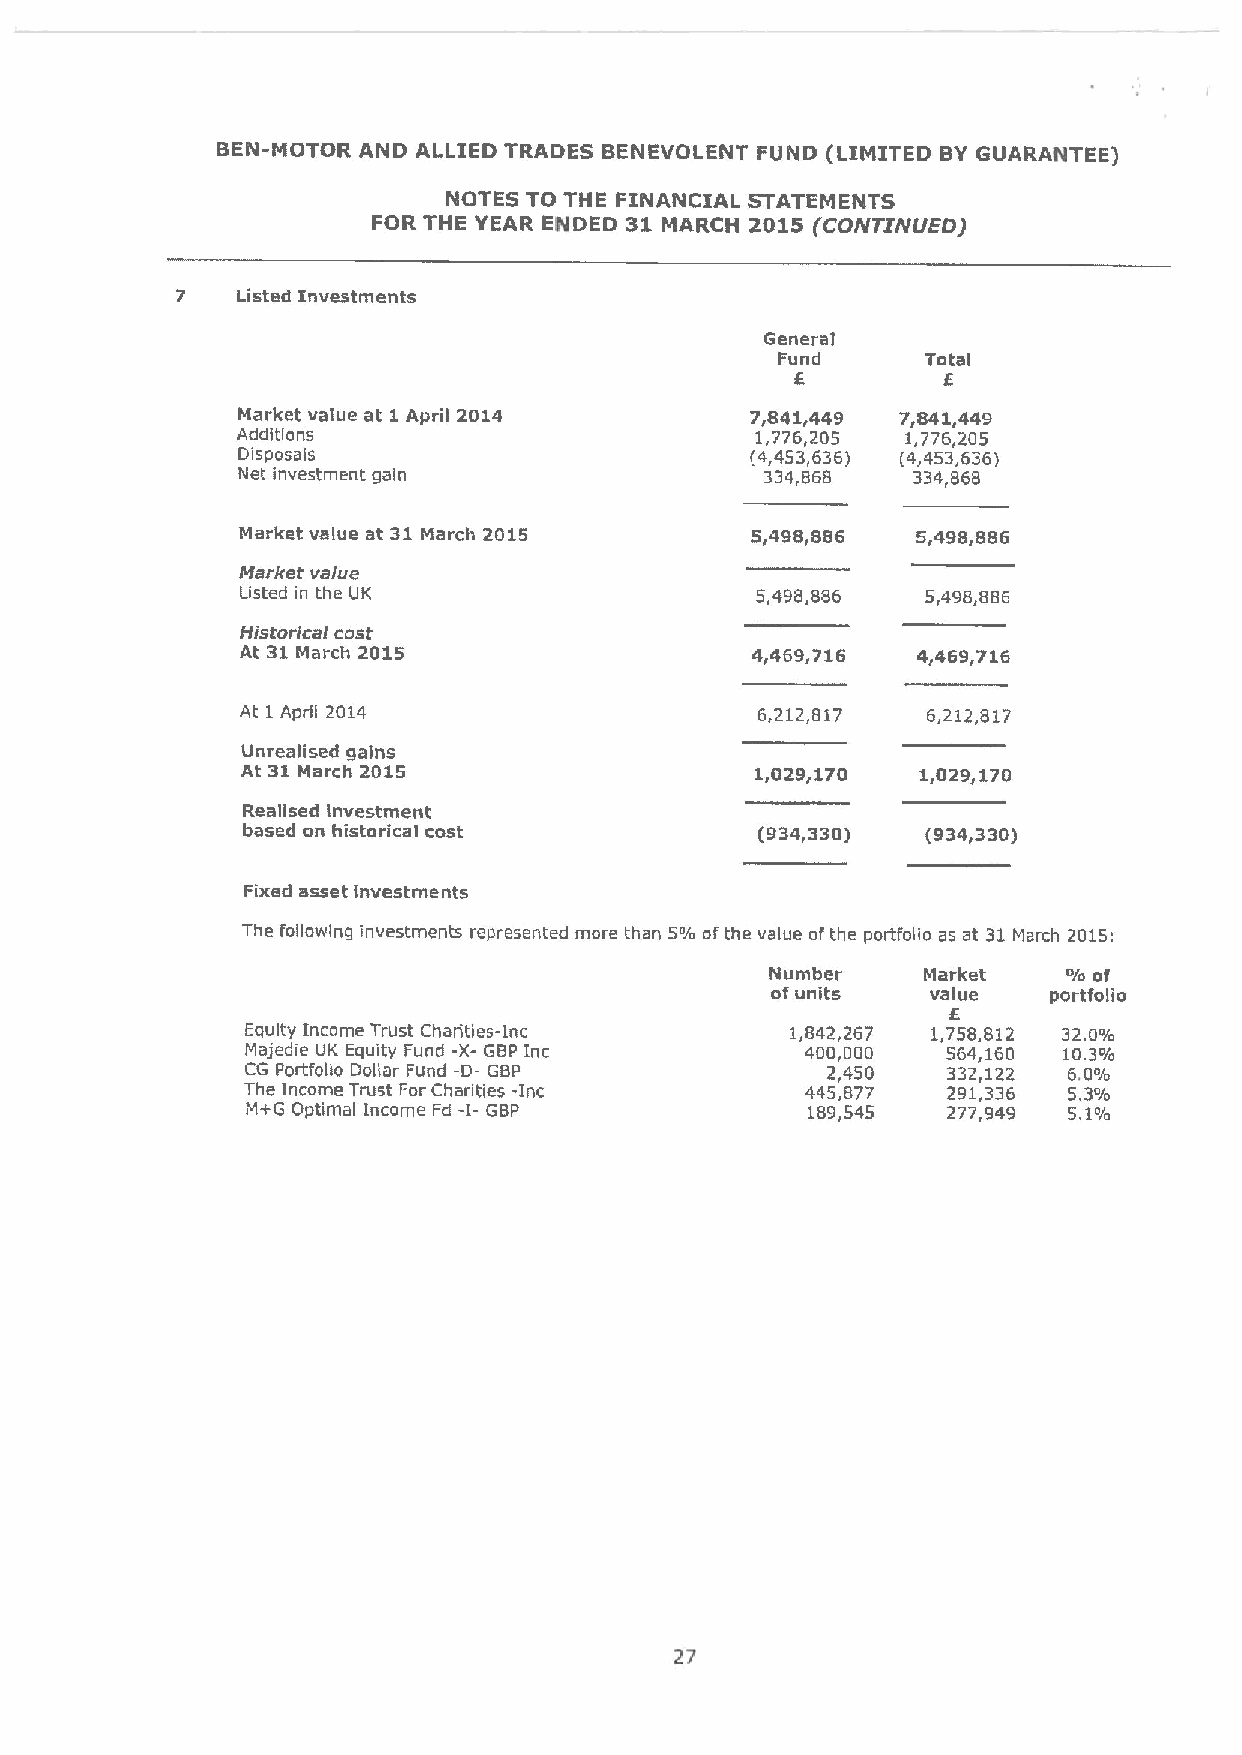
BEN-MOTOR AND ALLIED TRADES BENEVOLENT FUND (LIMITED BY GUARANTEE)
 NOTES TO THE FINANCIAL STATEMENTS
 FOR THE YEAR ENDED 31 MARCH 2015 (CONTINUED)
 7   Listed Investments
 General
 Fund      Total
 6        6
 Market value at 1April 2014       7,841,449 7,841,449
 Additions                         1,776,205 1,776,205
 Disposais                         (4,453,636) (4,453,636)
 Net investment gain                334,868  334868
 Market value at 31March 2015      5,498,886  5,498,886
 Market value
 Listed in the UK                  5,498,886  5,498,886
 Historlcaf cost
 At 31March 2015                   4,469,716  4,469,716
 At I April 2014                   6,212,817  6,212,817
 Unrealised gains
 At 31March 2015                   1,029,170  1,029,170
 Realised investment
 based on historical cost          (934,330)  (934,330)
 Fixed asset investments
 The following investments represented more than 5% ofthe value ofthe portfolio as at 31March 2015:
 Number    Market    o/o of
 ofunits    value   portfolio
 6
 Equity Income Trust Charities-Inc   1,842,267 1,758,812 32.0r/a
 Majedie UK Equity Fund -X-GBP Inc    400,000   564,160 10.3%
 CG Portfolio Dollar Fund -D- GBP       2,450   332,122 6.0%
 The Income Trust ForCharities -Inc   445,877   291,336 5.3%
 M+G Optimal Income Fd -I- GBP        189,545   277,949 5.1%
 27